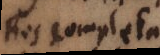
Res completa